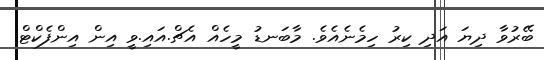
ބޭރުވާ ދިޔަ އަދި ކިރު ހިމެނެއެވެ. މާބަނޑު މީހެއް އެޗް.އައި.ވީ އިން އިންފެކްޓް